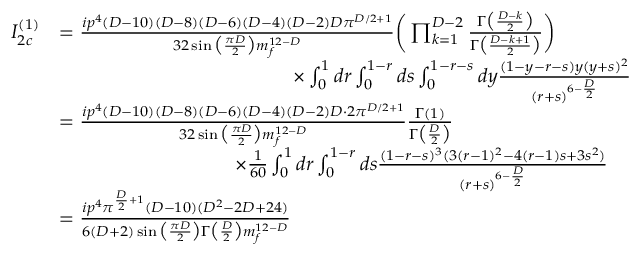
\begin{array} { r l } { I _ { 2 c } ^ { ( 1 ) } } & { = \frac { i p ^ { 4 } ( D - 1 0 ) ( D - 8 ) ( D - 6 ) ( D - 4 ) ( D - 2 ) D \pi ^ { D / 2 + 1 } } { 3 2 \sin \big ( \frac { \pi D } { 2 } \big ) m _ { f } ^ { 1 2 - D } } \bigg ( \prod _ { k = 1 } ^ { D - 2 } \frac { \Gamma \big ( \frac { D - k } { 2 } \big ) } { \Gamma \big ( \frac { D - k + 1 } { 2 } \big ) } \bigg ) } \\ & { \quad \quad \quad \quad \quad \quad \quad \quad \quad \quad \quad \quad \times \int _ { 0 } ^ { 1 } d r \int _ { 0 } ^ { 1 - r } d s \int _ { 0 } ^ { 1 - r - s } d y \frac { ( 1 - y - r - s ) y ( y + s ) ^ { 2 } } { ( r + s ) ^ { 6 - \frac { D } { 2 } } } } \\ & { = \frac { i p ^ { 4 } ( D - 1 0 ) ( D - 8 ) ( D - 6 ) ( D - 4 ) ( D - 2 ) D \cdot 2 \pi ^ { D / 2 + 1 } } { 3 2 \sin \big ( \frac { \pi D } { 2 } \big ) m _ { f } ^ { 1 2 - D } } \frac { \Gamma ( 1 ) } { \Gamma \big ( \frac { D } { 2 } \big ) } } \\ & { \quad \quad \quad \quad \quad \quad \quad \quad \quad \times \frac { 1 } { 6 0 } \int _ { 0 } ^ { 1 } d r \int _ { 0 } ^ { 1 - r } d s \frac { ( 1 - r - s ) ^ { 3 } ( 3 ( r - 1 ) ^ { 2 } - 4 ( r - 1 ) s + 3 s ^ { 2 } ) } { ( r + s ) ^ { 6 - \frac { D } { 2 } } } } \\ & { = \frac { i p ^ { 4 } \pi ^ { \frac { D } { 2 } + 1 } ( D - 1 0 ) ( D ^ { 2 } - 2 D + 2 4 ) } { 6 ( D + 2 ) \sin \big ( \frac { \pi D } { 2 } \big ) \Gamma \big ( \frac { D } { 2 } \big ) m _ { f } ^ { 1 2 - D } } } \end{array}